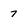
Character: 7